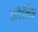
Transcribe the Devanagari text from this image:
मंदैलिङ